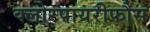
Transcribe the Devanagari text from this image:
क्लोरपायरीफौस